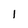
Character: l